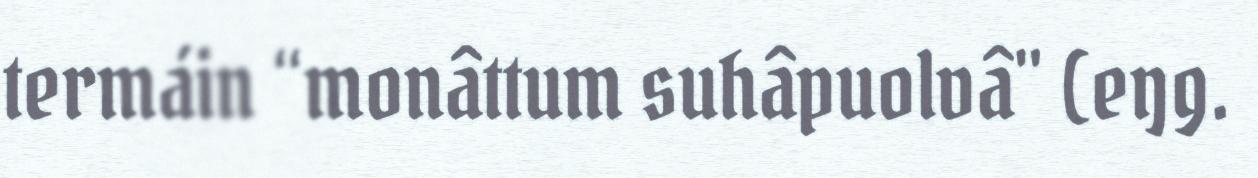
termáin “monâttum suhâpuolvâ" (eŋg.